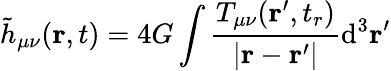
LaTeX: {\tilde{h}}_{\mu\nu}(\mathbf{r},t)=4G\int{\frac{T_{\mu\nu}(\mathbf{r}^{\prime},t_{r})}{|\mathbf{r}-\mathbf{r}^{\prime}|}}\mathrm{d}^{3}\mathbf{r}^{\prime}